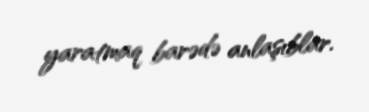
yaratmaq barədə anlaşıblar.